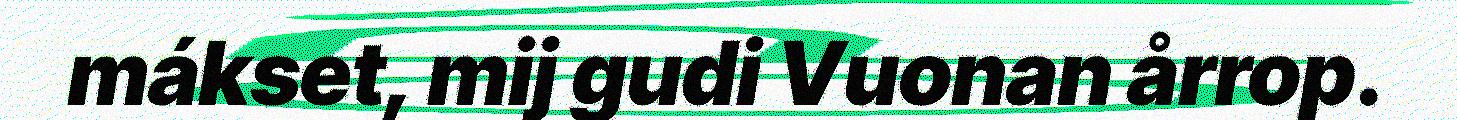
mákset, mij gudi Vuonan årrop.